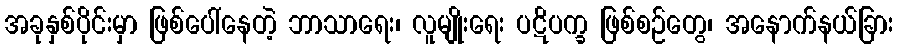
အခုနှစ်ပိုင်းမှာ ဖြစ်ပေါ်နေတဲ့ ဘာသာရေး၊ လူမျိုးရေး ပဋိပက္ခ ဖြစ်စဉ်တွေ၊ အနောက်နယ်ခြား